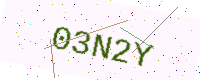
Text: 03N2Y